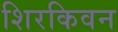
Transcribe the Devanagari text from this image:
शिरकिवन